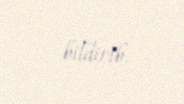
bildirib.